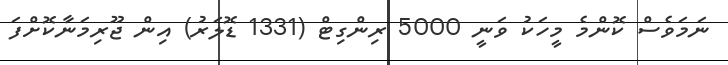
ނަމަވެސް ކޮންމެ މީހަކު ވަނީ 5000 ރިންގިޓް (1331 ޑޮލަރު) އިން ޖޫރިމަނާކޮށްފަ